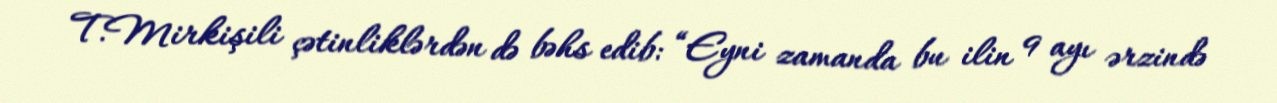
T.Mirkişili çətinliklərdən də bəhs edib: “Eyni zamanda bu ilin 9 ayı ərzində